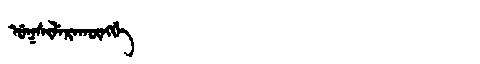
Manchu: ᡠᡴᠰᡳᠯᡝᡵᠠᡴᡡᠩᡤᡝ
Romanization: UKSILERAKŪNGGE